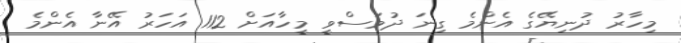
މިހާރު ދުނިޔޭގެ އެންމެ ގިނަ ދުވަސްވީ މީހާއަށް 112 އަހަރު އޭނާ އެންމެ